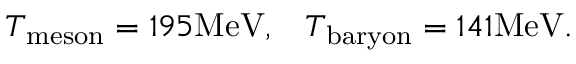
T _ { \mathrm { m e s o n } } = 1 9 5 \mathrm { M e V } , \; \; \; T _ { \mathrm { b a r y o n } } = 1 4 1 \mathrm { M e V } .